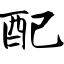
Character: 配